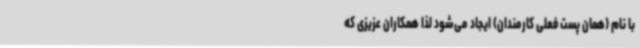
با نام (همان پست فعلی کارمندان) ایجاد می‌شود لذا همکاران عزیزی که